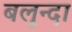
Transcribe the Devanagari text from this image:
बलुन्दा